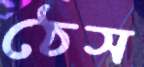
ঠেস